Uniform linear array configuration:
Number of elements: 16
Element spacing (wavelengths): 0.25
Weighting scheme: binomial
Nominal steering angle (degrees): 30
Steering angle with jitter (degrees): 29.675
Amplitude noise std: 0.05
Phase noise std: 0.05

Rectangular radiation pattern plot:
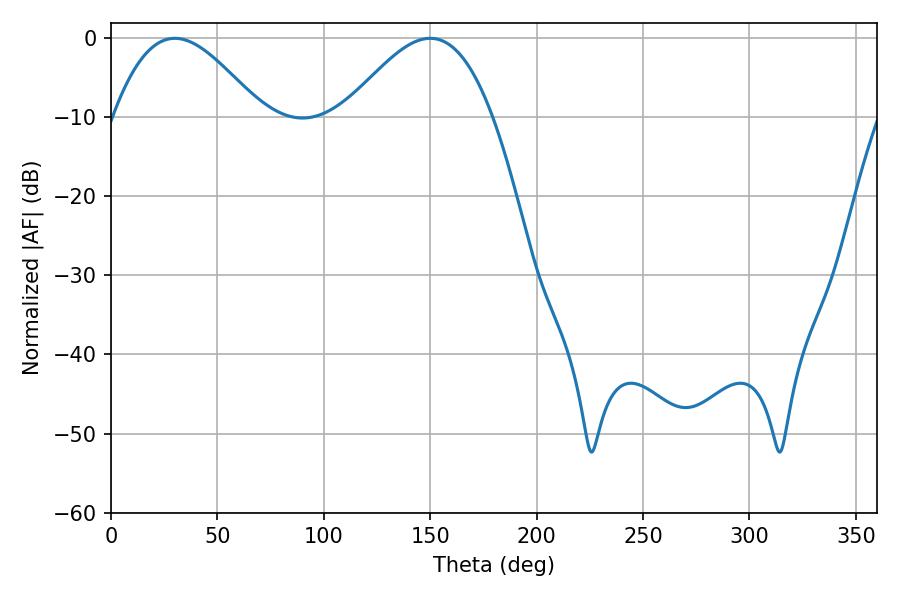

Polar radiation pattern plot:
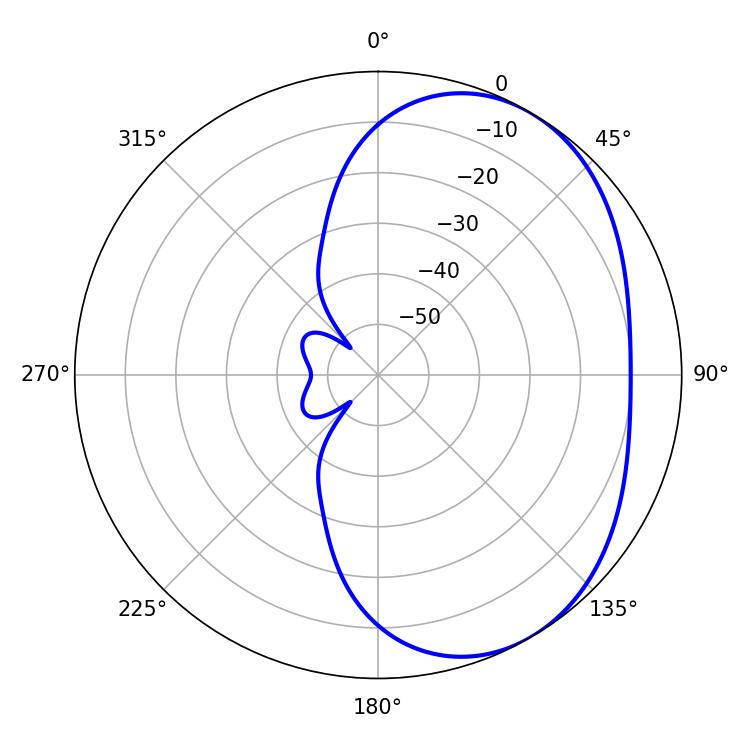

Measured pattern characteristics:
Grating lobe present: FALSE
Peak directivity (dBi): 3.914
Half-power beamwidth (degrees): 37.26
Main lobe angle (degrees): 30.06